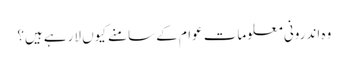
وہ اندرونی معلومات عوام کے سامنے کیوں لارہے ہیں؟